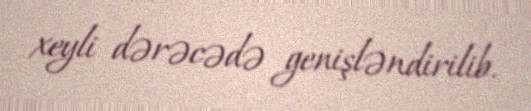
xeyli dərəcədə genişləndirilib.